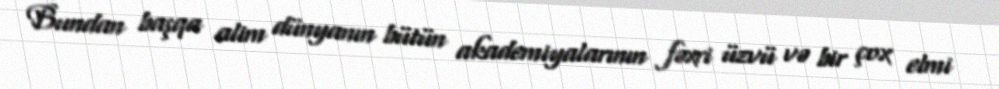
Bundan başqa alim dünyanın bütün akademiyalarının fəxri üzvü və bir çox elmi